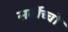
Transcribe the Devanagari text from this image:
सर्बोच्चो